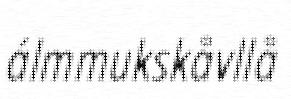
álmmukskåvllå